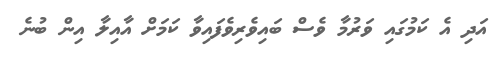
އަދި އެ ކަމުގައި ވަރުމާ ވެސް ބައިވެރިވެފައިވާ ކަމަށް އާއިލާ އިން ބުނެ